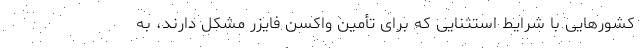
کشورهایی با شرایط استثنایی که برای تأمین واکسن فایزر مشکل دارند، به